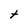
Character: t